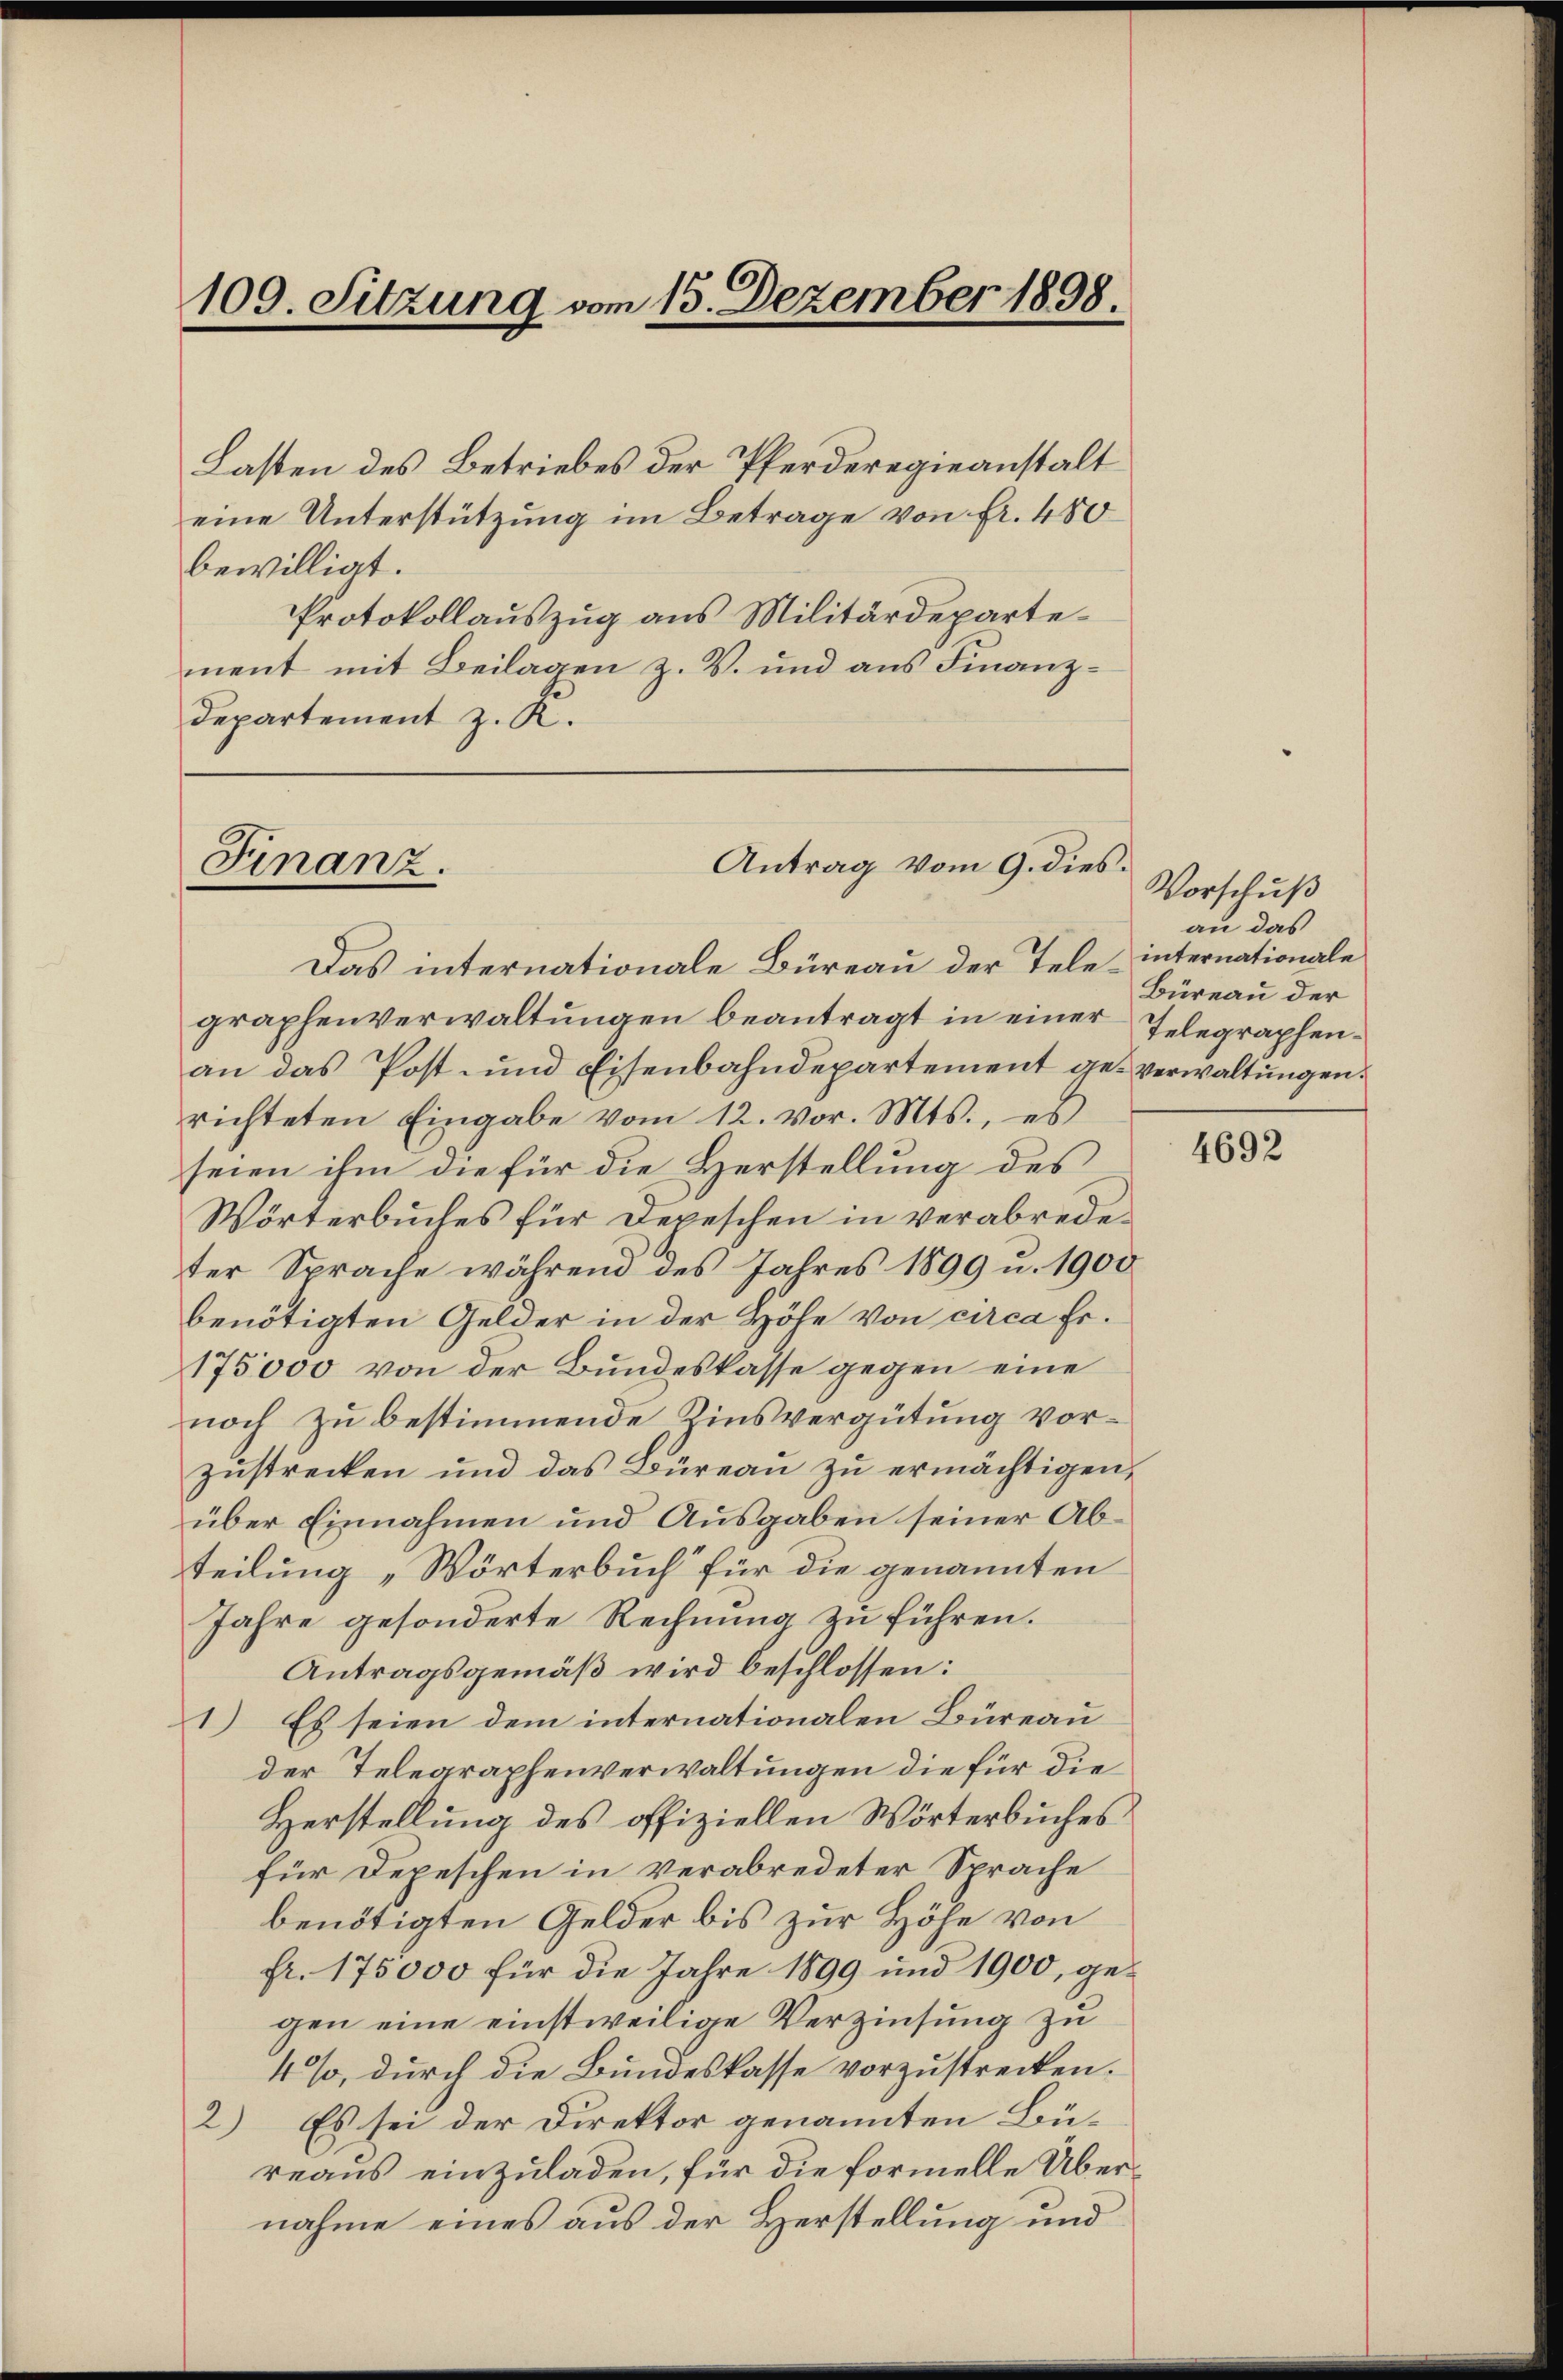
109. Sitzung vom 15. Dezember 1898.

Lasten des Betriebes der Pferderegieanstalt
eine Unterstützung im Betrage von fr. 480
bewilligt.
Protokollauszug aus Militärdepartement mit Beilagen z. V. und aus Finanz¬
Departement z. K.

Finanz.

Antrag vom 9. dies.

Das internationale Büreau der Telegraphenverwaltungen beantragt in einer Telegraphenan das Post- und Eisenbahndepartement geverwaltungen.
richteten Eingabe vom 12. vor. Mts., es
seien ihm die für die Herstellung des
Wörterbuches für Depeschen in verabredeter Sprache während des Jahres 1899 u. 1900
benötigten Gelder in der Höhe von circa Fr.
175000 von der Bundeskasse gegen eine
noch zu bestimmende Zinsvergütung vorzustrecken und das Büreau zu ermächtigen,
über Einnahmen und Ausgaben seiner Abteilung „Wörterbuch für die genannten
Jahre gesonderte Rechnung zu führen.
Antragsgemäß wird beschlossen:
1) Es seien dem internationalen Büreau
der Telegraphenverwaltungen die für die
Herstellung des offiziellen Wörterbuches
für Depeschen in verabredeter Sprache
benötigten Gelder bis zur Höhe von
fr. 175000 für die Jahre 1899 und 1900, gegen eine einstweilige Verzinsung zu
4%, durch die Bundeskasse vorzustrecken.
2) Es sei der Direktor genannten Bü-
reaus einzuladen, für die formelle Übernahme eines aus der Herstellung und

Vorschuß
au das
internationale
Büreau der

4692